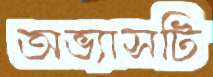
অভ্যাসটি